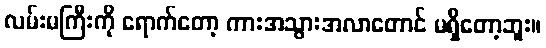
လမ်းမကြီးကို ရောက်တော့ ကားအသွားအလာတောင် မရှိတော့ဘူး။